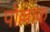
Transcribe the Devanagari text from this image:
पोल्लाक